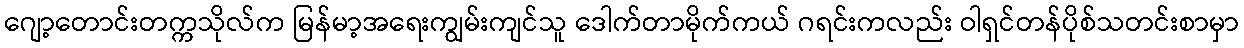
ဂျော့တောင်းတက္ကသိုလ်က မြန်မာ့အရေးကျွမ်းကျင်သူ ဒေါက်တာမိုက်ကယ် ဂရင်းကလည်း ဝါရှင်တန်ပိုစ်သတင်းစာမှာ